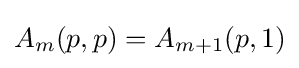
A_{m}(p,p)=A_{m+1}(p,1)